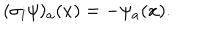
( \sigma _ { i } \psi ) _ { a } ( x ) = - \psi _ { a } ( x ) .